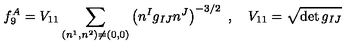
f _ { 9 } ^ { A } = V _ { 1 1 } \sum _ { ( n ^ { 1 } , n ^ { 2 } ) \ne ( 0 , 0 ) } \left( n ^ { I } g _ { I J } n ^ { J } \right) ^ { - 3 / 2 } \ , \quad V _ { 1 1 } = \sqrt { \det g _ { I J } }